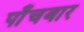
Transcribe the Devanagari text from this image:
पाँचबार